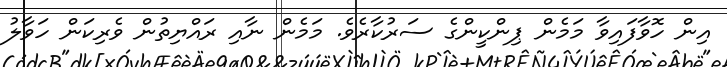
އިން ހޮވާފައިވާ މަމެން ޕިންކީންގެ ސަރުކާރެވެ. މަމެން ނާއި ރައްޔިތުން ވެރިކަން ހަވާލު